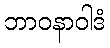
ဘာဝနာဝါဒံ